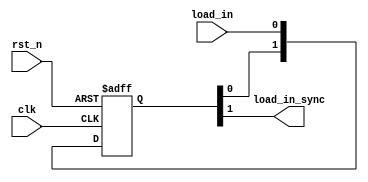
module load_sync #(
    parameter NUM_STAGES = 2
) (
    input                                      clk,
    input                                      rst_n,
    input                                      load_in,
    output                                     load_in_sync
);
integer i;
reg [NUM_STAGES-1:0] Q;
    always @(posedge clk, negedge rst_n ) 
        begin
            if (!rst_n) 
                begin
                    Q <=0;
                end 
            else 
                begin
                    Q[0] <= load_in;
                    for (i = 1;i<NUM_STAGES ;i=i+1 ) 
                        begin
                            Q[i]<=Q[i-1];
                        end 
                end
            
        end
    assign load_in_sync = Q[NUM_STAGES-1];
endmodule